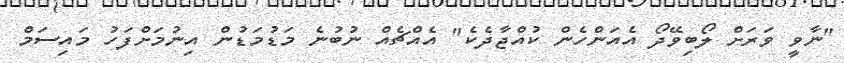
"ނާވީ ވަރަށް ލޯބިވޭދޯ އެއަންހެން ކުއްޖާދެކެ" އެއްޗެއް ނުބުނެ މަޑުމަޑުން އިނުމަށްފަހު މައިސަމް